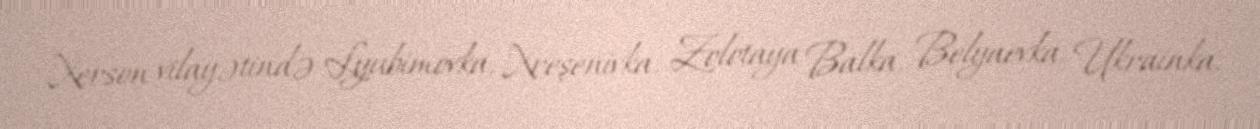
Xerson vilayətində Lyubimovka, Xreşenivka, Zolotaya Balka, Belyaevka, Ukrainka,